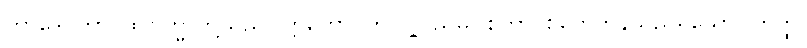
တာဒေဝတာ၊ ထိုဗြဟ္မာတို့သည်။ ဣတော၊ ဤလူ့ပြည်မှ။ စုတာ၊ စုတေကုန်သည်ရှိသော်။ တတ္ထ၊